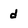
Character: d